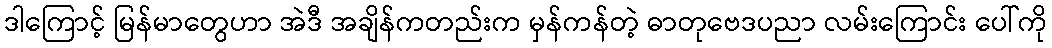
ဒါကြောင့် မြန်မာတွေဟာ အဲဒီ အချိန်ကတည်းက မှန်ကန်တဲ့ ဓာတုဗေဒပညာ လမ်းကြောင်း ပေါ်ကို